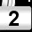
Digit: 2